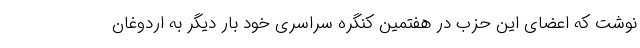
نوشت که اعضای این حزب در هفتمین کنگره سراسری خود بار دیگر به اردوغان